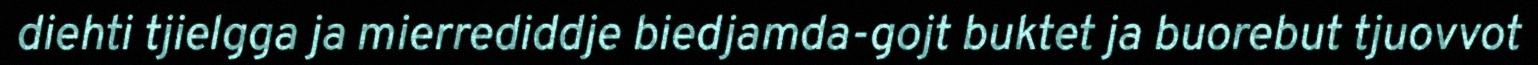
diehti tjielgga ja mierrediddje biedjamda-gojt buktet ja buorebut tjuovvot